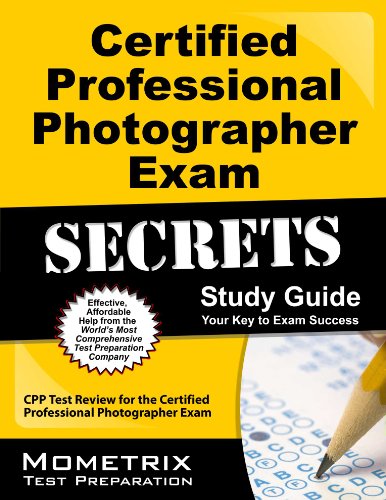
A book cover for Certified Professional Photographer Exam Secrets Study Guide: CPP Test Review for the Certified Professional Photographer Exam; CPP Exam Secrets Test Prep Team; Arts & Photography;